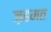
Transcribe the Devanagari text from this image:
ज़हमत